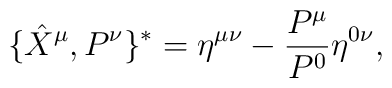
\{\hat{X}^\mu ,P^\nu \}^*=\eta ^{\mu \nu }-\frac{P^{\mu }}{P^0}\eta ^{0\nu },